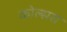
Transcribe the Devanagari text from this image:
कोल्‍सरा